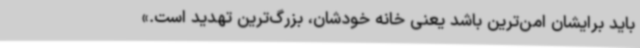
باید برایشان امن‌‌ترین باشد یعنی خانه خودشان، بزرگ‌ترین تهدید است.»